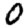
Digit: 0